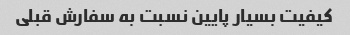
کیفیت بسیار پایین نسبت به سفارش قبلی